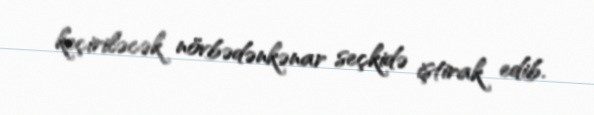
keçiriləcək növbədənkənar seçkidə iştirak edib.